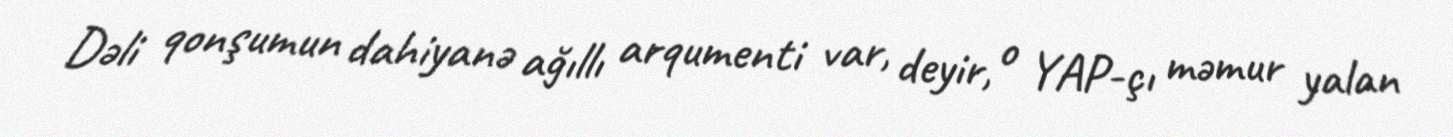
Dəli qonşumun dahiyanə ağıllı arqumenti var, deyir, o YAP-çı məmur yalan